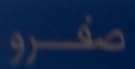
صفرو